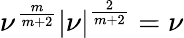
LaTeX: \nu^{\frac{m}{m+2}}\left\lvert\nu\right\rvert^{\frac{2}{m+2}}=\nu